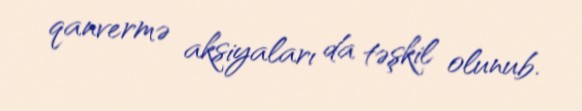
qanvermə aksiyaları da təşkil olunub.